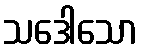
သဒေါသော